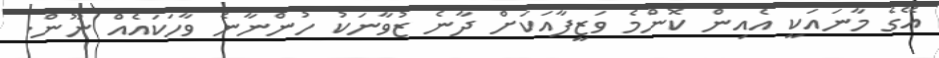
އޭގެ މާނައަކީ އެއިން ކޮންމެ ވަޒީފާއަކަށް ދާނެ ޒުވާނަކު ހުންނާނެ ވާހަކައެއް ނޫން.